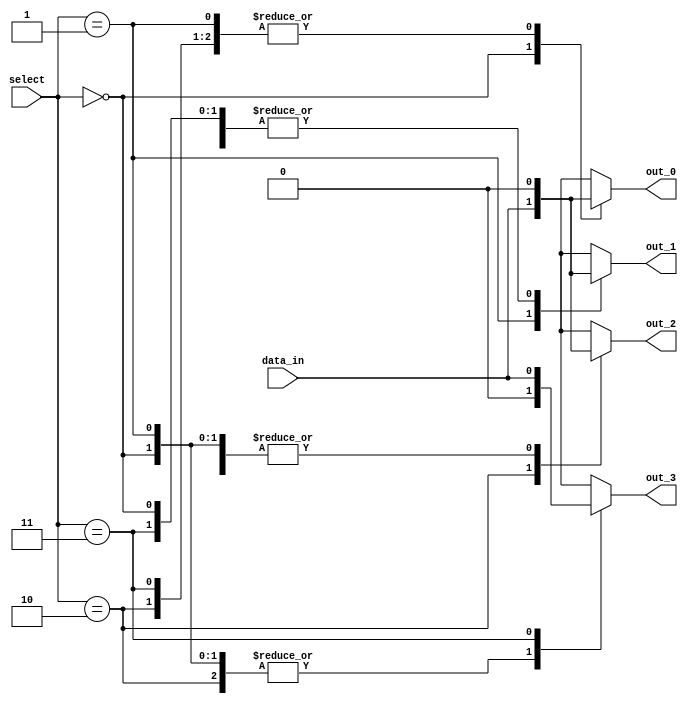
module demux_behavioral (
  input wire data_in,
  input wire [1:0] select,
  output reg out_0,
  output reg out_1,
  output reg out_2,
  output reg out_3
);

always @*
begin
  case (select)
    2'b00: begin
      out_0 = data_in;
      out_1 = 1'b0;
      out_2 = 1'b0;
      out_3 = 1'b0;
    end
    2'b01: begin
      out_0 = 1'b0;
      out_1 = data_in;
      out_2 = 1'b0;
      out_3 = 1'b0;
    end
    2'b10: begin
      out_0 = 1'b0;
      out_1 = 1'b0;
      out_2 = data_in;
      out_3 = 1'b0;
    end
    2'b11: begin
      out_0 = 1'b0;
      out_1 = 1'b0;
      out_2 = 1'b0;
      out_3 = data_in;
    end
  endcase
end

endmodule